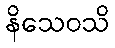
နိသေဝသိ